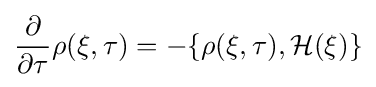
{\frac {\partial }{\partial \tau }}\rho (\xi ,\tau )=-\{\rho (\xi ,\tau ),{\mathcal {H}}(\xi )\}